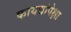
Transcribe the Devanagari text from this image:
कायद्यांपेक्षा